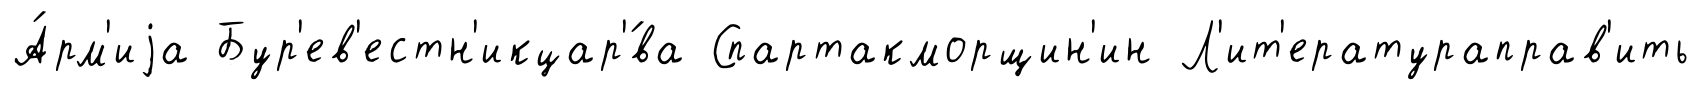
А́рм'иjа Бур'ев'естн'икцар'́ва Спартакморщин'ин Л'ит'ератураправ'ить